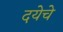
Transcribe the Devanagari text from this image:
दयेचे